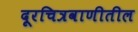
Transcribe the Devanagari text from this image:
दूरचित्रवाणीतील